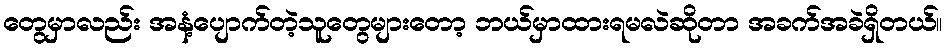
တွေမှာလည်း အနံ့ပျောက်တဲ့သူတွေများတော့ ဘယ်မှာထားရမလဲဆိုတာ အခက်အခဲရှိတယ်။